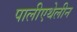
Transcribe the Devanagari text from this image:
पालीएथेलीन